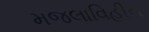
મજલાવિહીન